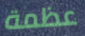
عظمة